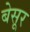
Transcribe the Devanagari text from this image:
बेसूर